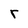
Character: r